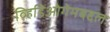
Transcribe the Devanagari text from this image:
व्हिडिओगेमबद्दल